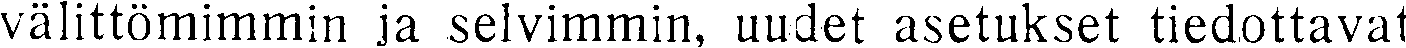
välittömimmin ja selvimmin, uudet asetukset tiedottavat